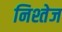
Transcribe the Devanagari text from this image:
निश्तेज